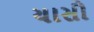
યાસૌ